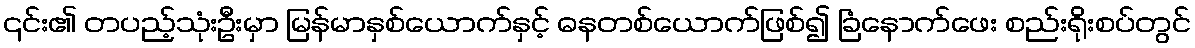
၎င်း၏ တပည့်သုံးဦးမှာ မြန်မာနှစ်ယောက်နှင့် ဓနတစ်ယောက်ဖြစ်၍ ခြံနောက်ဖေး စည်းရိုးစပ်တွင်